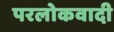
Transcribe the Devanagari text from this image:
परलोकवादी